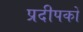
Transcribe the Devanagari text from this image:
प्रदीपकों